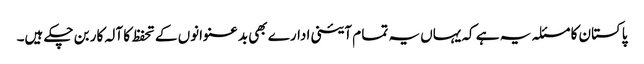
پاکستان کا مسئلہ یہ ہے کہ یہاں یہ تما م آئینی ادارے بھی بدعنوانوں کے تحفظ کا آلہ کار بن چکے ہیں۔